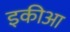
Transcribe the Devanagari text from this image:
इकीआ